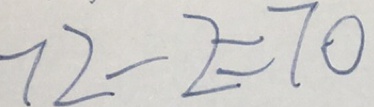
7 2 - 2 = 7 0